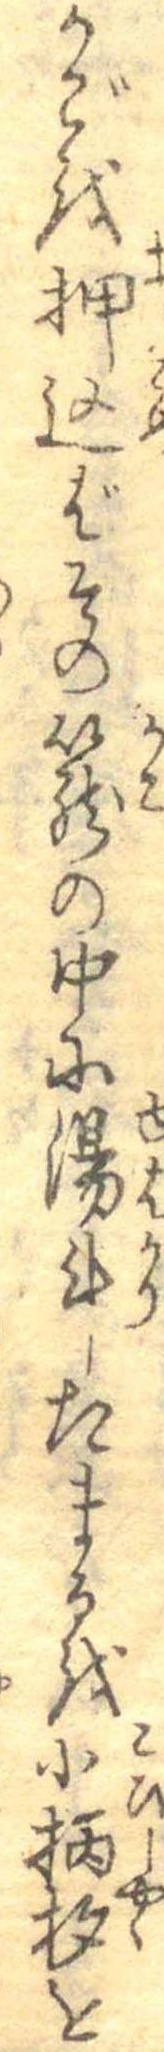
かごを押込ばその篭の中に湯斗たまるを小柄杓を